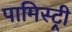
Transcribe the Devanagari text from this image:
पामिस्ट्री